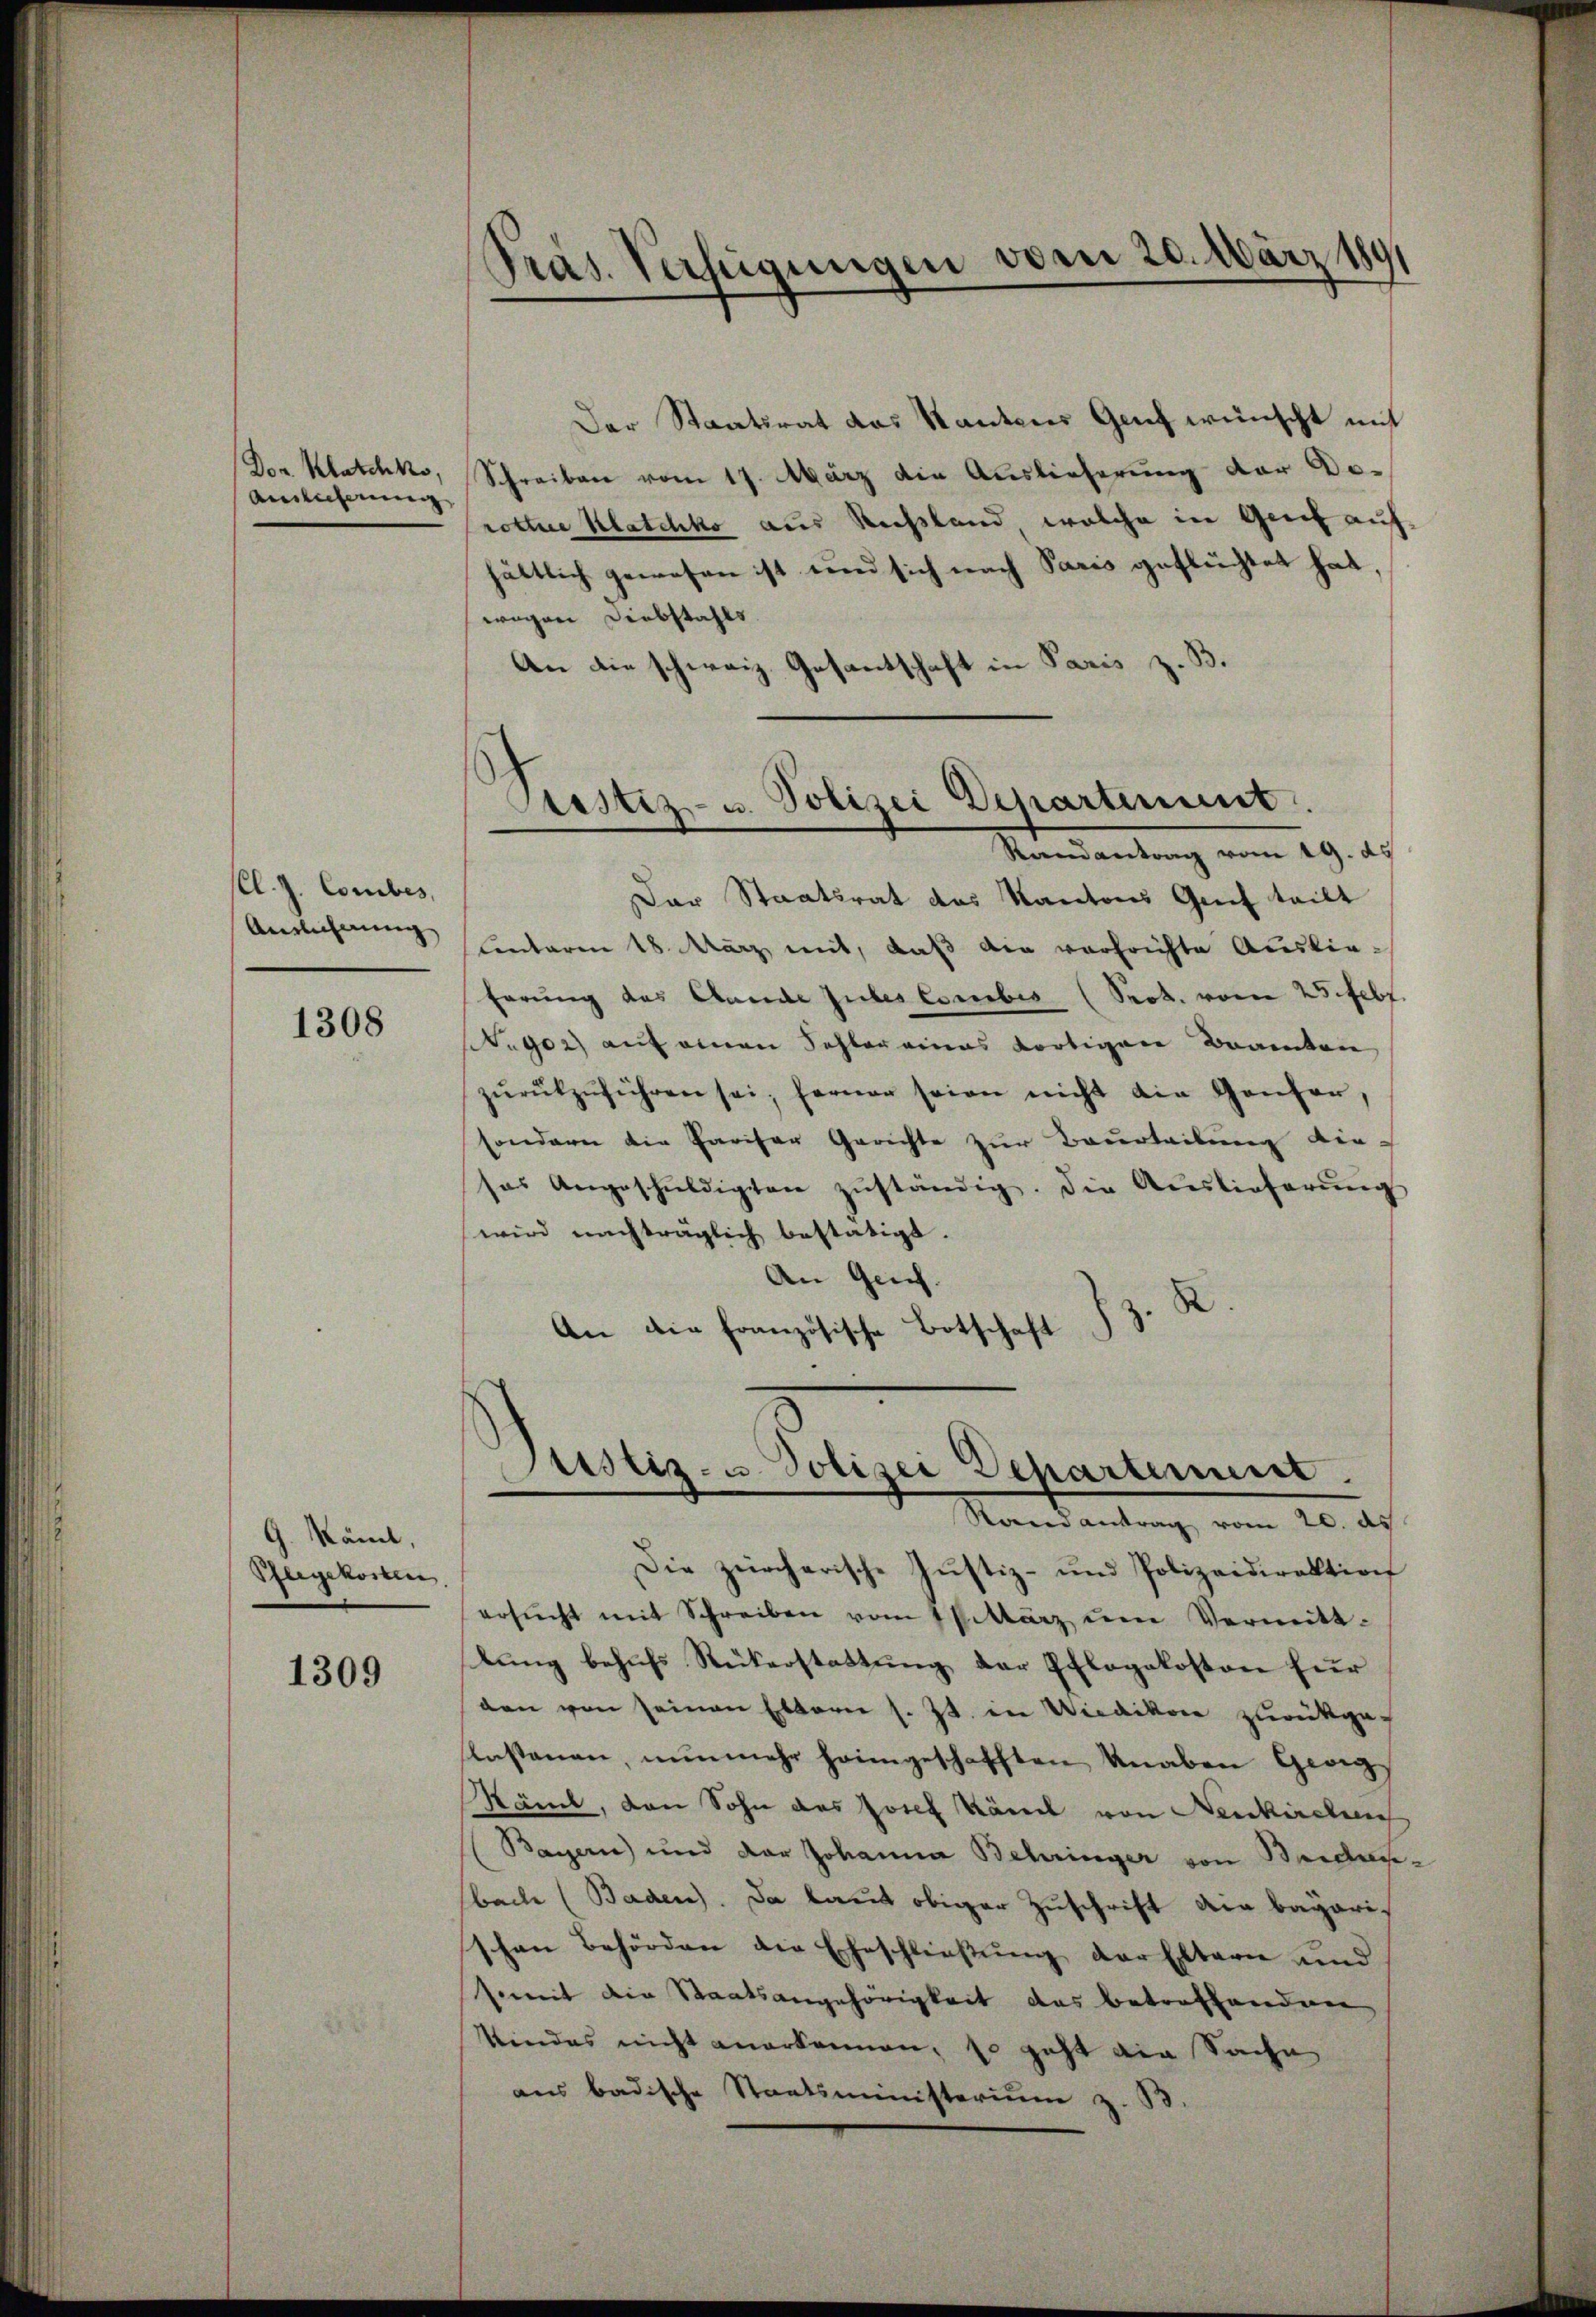
(Dor Klatchko,
Auslieferung

Cl. J. Comibes,
Anreichnung

1308

G. käme,
Pflegekosten

1309

Präs. Verfügungen vom 20. März 18
¬

Der Staatsrat das Kantons Genf wünscht mit
Schreiben vom 17. März die Auslieferung der Do-
rottere Klatchko aus Rechsland welche in Genf auf
hältlich gewesen ist und sich nach Paris geflüchtet hat,
wegen Diebstahls
.
An die schweiz. Gesantschaft in Paris

Pustiz- u. Polizei Departement.
Randantrag vom 19. ds.

Der Staatsrat des Kantons Genf teilt
Centaren 18. März mit, daß die verfrichte Auslie-
förung des Aende Guber Corbis (Sept. vom 25. Febr.
A.902) auf einen Schler eines dortigen Beamten
zŭrükzŭführen sei; ferner seien nicht die Genfer,
sondern die Pariser Gerichte zur Beurteilung die-
as Angeschŭldigten zŭständig. Die Auslieferŭng
wird nachträglich bestätigt.
An Geich.
3.
An die französische Botschaft

Justiz- u. Polizei Departement.
Randantrag vom 20. ds

Die zürcherische Justiz- und Polizeidirektion
ersŭcht mit Schreiben vom 1 Pktärz ŭm Vermitt-
tung behufs Rükerstattung der Pflegekosten für
den von seinen Eltern s. Zt. in Wiedikon zurückge-
lastanen, nunmehr heimgeschafften Knaben Gee¬
Käme, den Sohn des Josef Känel von Neukirchen
(Bayern) und der Johanna Behringer von Badansbache (Baden). Da laut obiger Zuschrift die bayarischen Behörden die Eheschließung der Eltern und
somit die Staatsangehörigkeit das betroffenden
kindes nicht anerkennen, so geht ein Sache
aus badische Staatsministerium z. B